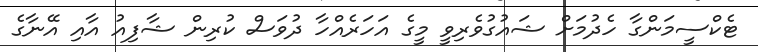
ޓެކްސީމަންގާ ހެދުމަށް ޝައުގުވެރިވީ މީގެ އަހަރެއްހާ ދުވަސް ކުރިން ޝާފިއު އާއި އޭނާގެ